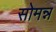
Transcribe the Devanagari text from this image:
सोमन्न